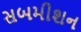
સબમીશન